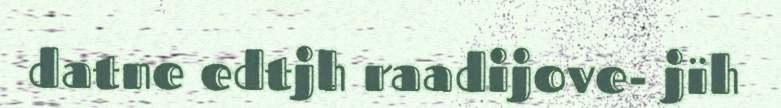
datne edtjh raadijove- jïh